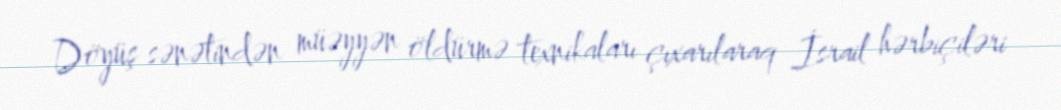
Döyüş sənətindən müəyyən öldürmə texnikaları çıxarılaraq İsrail hərbiçiləri